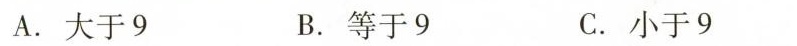
A.大于9 B.等于9 C.小于9